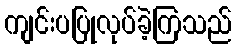
ကျင်းပပြုလုပ်ခဲ့ကြသည်